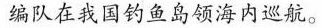
编队在我国钓鱼岛领海内巡航。